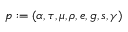
p : = ( \alpha , \tau , \mu , \rho , e , g , s , \gamma )